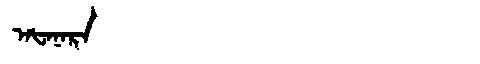
Manchu: ᠠᡶᠠᠨᠠᡵᠠ
Romanization: AFANARA